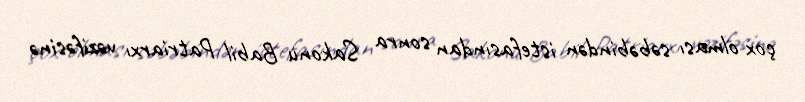
çox olması səbəbindən istefasından sonra Sakonu Babil Patriarxı vəzifəsinə